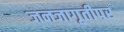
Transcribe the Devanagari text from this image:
जनजागृतीपर